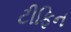
ટીફિન